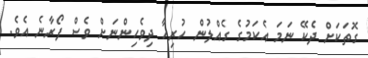
ގޮތަކަށް ދެކޭ ނަމަ އެކަމުގެ ގެއްލުން ހުރިހާ ދިވެހިންނަށް ވެސް ފޯރާނެ އެވެ.